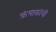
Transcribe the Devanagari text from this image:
क्रंमाकांची